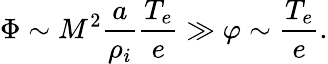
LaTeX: \Phi\sim M^{2}\frac{a}{\rho_{i}}\frac{T_{e}}{e}\gg\varphi\sim\frac{T_{e}}{e}.